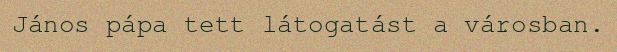
János pápa tett látogatást a városban.